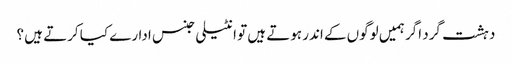
دہشت گرد اگر ہمیں لوگوں کے اندر ہوتے ہیں تو انٹیلی جنس ادارے کیا کرتے ہیں ؟